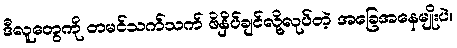
ဒီလူတွေကို တမင်သက်သက် ဖိနှိပ်ချင်လို့လုပ်တဲ့ အခြေအနေမျိုးပဲ။